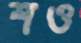
শও